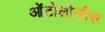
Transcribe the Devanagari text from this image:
ओंटोलोजीस